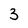
Character: 3